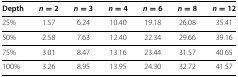
| Depth | n = 2 | n = 3 | n = 4 | n = 6 | n = 8 | n = 12 |
 | --- | --- | --- | --- | --- | --- | --- |
 | 25% | 1.57 | 6.24 | 10.40 | 19.18 | 26.08 | 35.41 |
 | 50% | 2.58 | 7.63 | 12.40 | 22.34 | 29.66 | 39.16 |
 | 75% | 3.01 | 8.47 | 13.16 | 23.44 | 31.57 | 40.65 |
 | 100% | 3.26 | 8.95 | 13.95 | 24.30 | 32.72 | 41.57 |